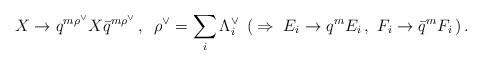
LaTeX: \begin{align*}X\to q^{m{\rho}^{\vee}}X{\bar q}^{m{\rho}^{\vee}}\,,\,\,\,{\rho}^{\vee}=\sum_i {\Lambda}^{\vee}_i\,\,\,(\,\Rightarrow\,\,E_i\to q^mE_i\,,\,\,F_i\to {\bar q}^mF_i\,)\,.\end{align*}